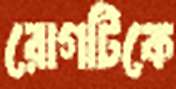
রোগটিকে